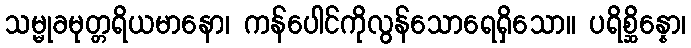
သမ္မုခမုတ္တရိယမာနော၊ ကန်ပေါင်ကိုလွန်သောရေရှိသော။ ပရိစ္ဆိန္နော၊